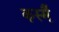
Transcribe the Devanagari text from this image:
कस्मै॑